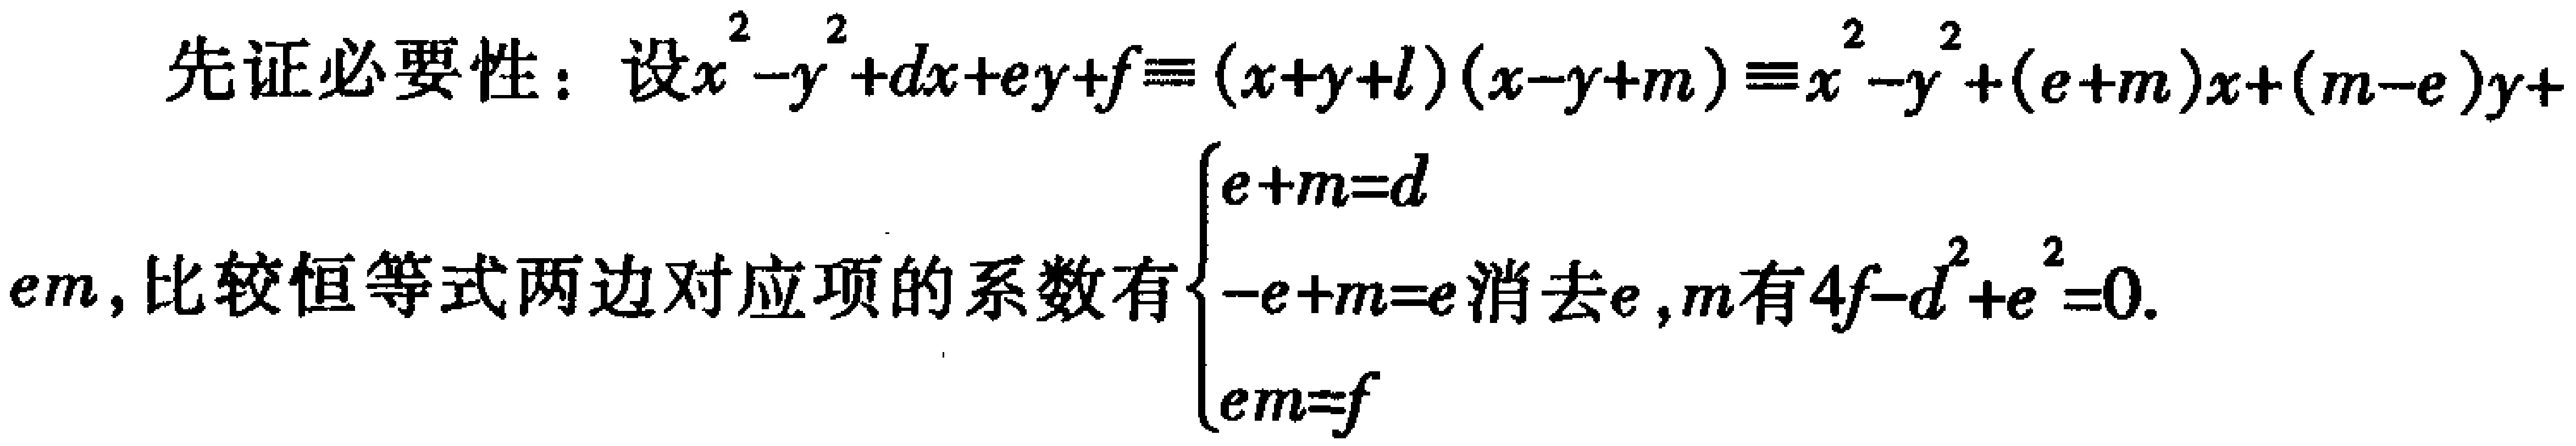
先证必要性：设\(x^{2}-y^{2}+dx + ey + f\equiv(x + y + l)(x - y + m)\equiv x^{2}-y^{2}+(e + m)x+(m - e)y+ em\)，比较恒等式两边对应项的系数有\(\begin{cases}e + m = d\\-e + m = e\\em = f\end{cases}\)消去\(e,m\)有\(4f - d^{2}+e^{2}=0\).